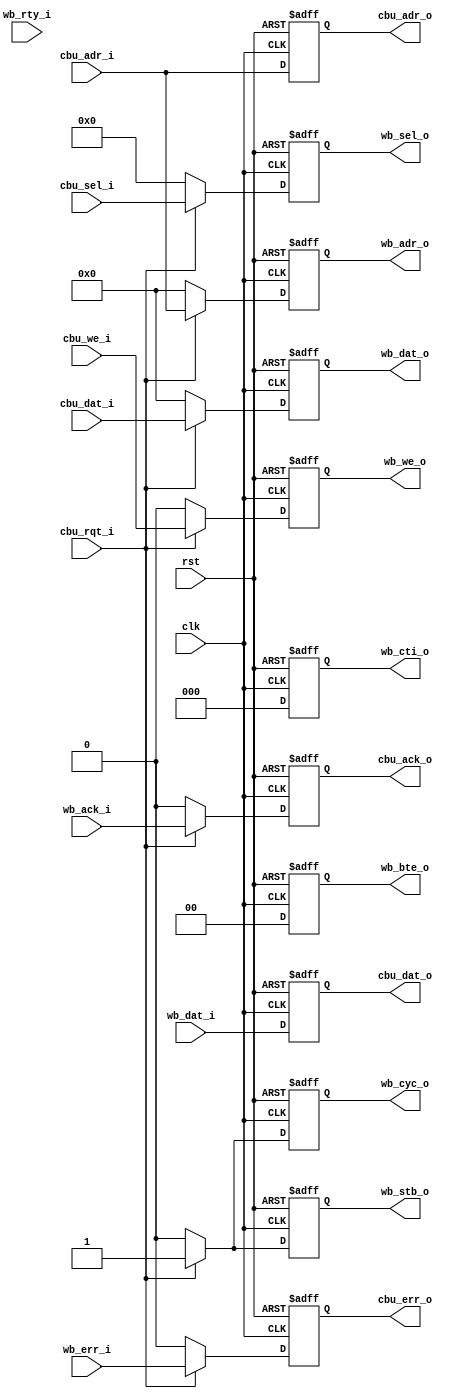
module imx_cbu(

    clk, rst, 
    
    wb_cyc_o, wb_adr_o, wb_stb_o, wb_we_o, wb_sel_o, wb_dat_o, wb_cti_o, wb_bte_o,
    wb_ack_i, wb_err_i, wb_rty_i, wb_dat_i,

    cbu_dat_i, cbu_adr_i, cbu_rqt_i, cbu_we_i, cbu_sel_i,
    cbu_ack_o, cbu_dat_o, cbu_err_o, cbu_adr_o
);

parameter dw = 32;
parameter aw = 32;

// currently no burst support
`define WB_CTI  3'b000
`define WB_BTE  2'b00

//
// core clock, reset and clock control
//
input				clk;		// core clock
input				rst;		// core reset

//
// core-bridge unit interface
//
input [aw-1:0] 		cbu_adr_i;	// core request address
input [dw-1:0] 		cbu_dat_i;	// core request data 
input				cbu_rqt_i;	// core request valid
input				cbu_we_i;	// core request w/r flag
input [3:0] 		cbu_sel_i;	// core request byte selects

output              cbu_ack_o;	// bus response valid(ack)
output              cbu_err_o;  // bus response error
output  [dw-1:0]    cbu_dat_o;	// bus response data
output  [aw-1:0]    cbu_adr_o;  // bus response address

//
// WISHBONE interface
//
input				wb_ack_i;	// normal termination
input				wb_err_i;	// termination with error
input				wb_rty_i;	// termination with retry
input   [dw-1:0]    wb_dat_i;	// data input 
output              wb_cyc_o;	// cycle valid output
output [aw-1:0] 	wb_adr_o;	// address output 
output				wb_stb_o;	// strobe output
output				wb_we_o;	// indicates write/read transfer
output [3:0] 		wb_sel_o;	// byte select output 
output [dw-1:0] 	wb_dat_o;	// data output 
output [2:0] 	    wb_cti_o;	// cycle type identifier
output [1:0] 	    wb_bte_o;	// burst type extension

//
// reg & wires
//
reg                 wb_cyc_o;	
reg [aw-1:0] 	    wb_adr_o;	
reg				    wb_stb_o;	
reg                 wb_we_o;	
reg [3:0] 		    wb_sel_o;	
reg [dw-1:0] 	    wb_dat_o;	
reg [2:0] 	        wb_cti_o;	
reg [1:0] 	        wb_bte_o;	

reg  [dw-1:0]       cbu_dat_o;
reg                 cbu_ack_o;
reg                 cbu_err_o;
reg  [aw-1:0]       cbu_adr_o;

//
// logic implementation
//

// registered request 
always @(posedge clk or posedge rst) begin
    if (rst) begin
        wb_cyc_o <= #1 1'b0;
        wb_stb_o <= #1 1'b0;
        wb_dat_o <= #1 32'd0;
        wb_adr_o <= #1 32'd0;
        wb_sel_o <= #1 4'd0;
        wb_we_o <= #1 1'd0;
        wb_cti_o <= #1 3'd0;
        wb_bte_o <= #1 2'd0;
    end
    else begin
        if (cbu_rqt_i)
        begin
            wb_cyc_o <= #1 cbu_rqt_i;
            wb_stb_o <= #1 cbu_rqt_i;
            wb_dat_o <= #1 cbu_dat_i;
            wb_adr_o <= #1 cbu_adr_i;
            wb_sel_o <= #1 cbu_sel_i;
            wb_we_o <= #1 cbu_we_i;    
            wb_cti_o <= #1 `WB_CTI;
            wb_bte_o <= #1 `WB_BTE;
        end
        else begin              // when core cancel bus request
            wb_cyc_o <= #1 1'b0;
            wb_stb_o <= #1 1'b0;
            wb_dat_o <= #1 32'd0;
            wb_adr_o <= #1 32'd0;
            wb_sel_o <= #1 4'd0;
            wb_we_o <= #1 1'd0;
            wb_cti_o <= #1 3'd0;
            wb_bte_o <= #1 2'd0;
        end
    end
end

// registered request 
always @(posedge clk or posedge rst) begin
    if (rst) begin
        cbu_ack_o <= #1 1'b0;
        cbu_err_o <= #1 1'b0;
    end
    else begin
        if (cbu_rqt_i)
        begin
            cbu_ack_o <= #1 wb_ack_i;
            cbu_err_o <= #1 wb_err_i;
        end
        else begin
            cbu_ack_o <= #1 1'b0;
            cbu_err_o <= #1 1'b0;
        end
    end
end
// special case for IMX
always @(posedge clk or posedge rst) begin
    if (rst) begin
        cbu_dat_o <= #1 32'd0;
    end
    else begin
        cbu_dat_o <= #1 wb_dat_i;
    end
end


// special case for IMX
always @(posedge clk or posedge rst) begin
    if (rst) begin
        cbu_adr_o <= #1 32'd0;
    end
    else begin
        cbu_adr_o <= #1 cbu_adr_i;      
    end
end

endmodule